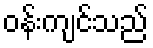
ဝန်းကျင်သည်